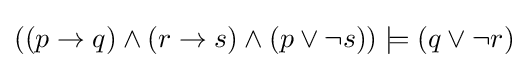
((p\to q)\land (r\to s)\land (p\lor \neg s))\models (q\lor \neg r)